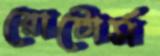
রোটোর্স